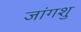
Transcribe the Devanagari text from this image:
जांगशु